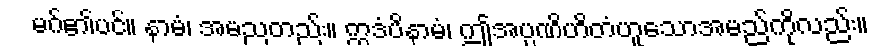
မဂ်၏ပင်။ နာမံ၊ အမညတည်း။ ဣဒံပိနာမံ၊ ဤအပ္ပဏိဟိတံဟူသောအမည်ကိုလည်း။